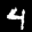
Label: 4